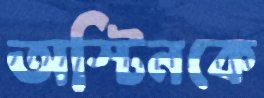
অস্টিনকে